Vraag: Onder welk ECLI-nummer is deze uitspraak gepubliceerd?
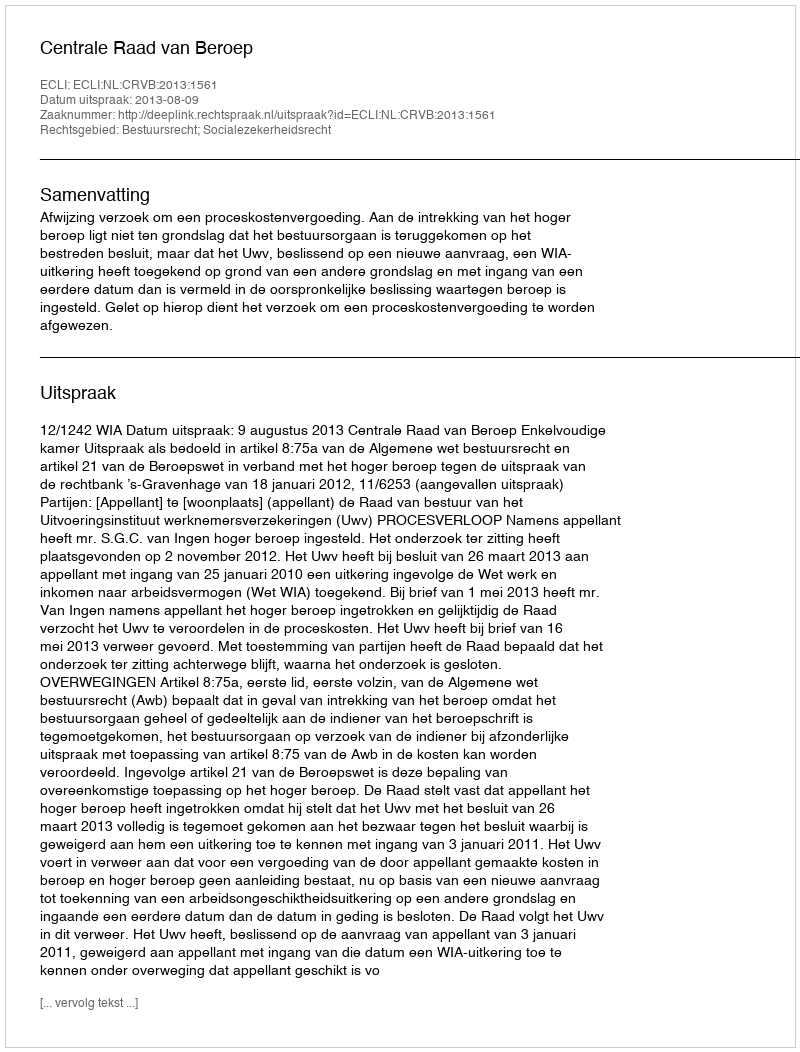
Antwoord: ECLI:NL:CRVB:2013:1561